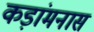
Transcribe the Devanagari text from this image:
कड़ांमनास